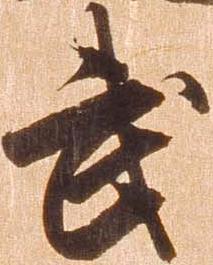
武